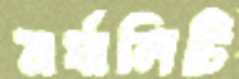
মর্যালিটি